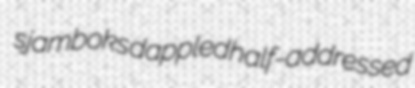
sjamboks dappled half-addressed